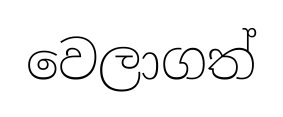
වෙලාගත්